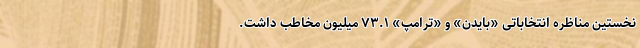
نخستین مناظره انتخاباتی «بایدن» و «ترامپ» ۷۳.۱ میلیون مخاطب داشت.